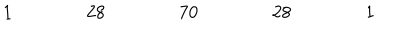
LaTeX: \begin{array} { c c c c c c c c c c c c c c c c c } { { 1 } } & { { } } & { { } } & { { } } & { { 2 8 } } & { { } } & { { } } & { { } } & { { 7 0 } } & { { } } & { { } } & { { } } & { { 2 8 } } & { { } } & { { } } & { { } } & { { 1 } } \\ \end{array}